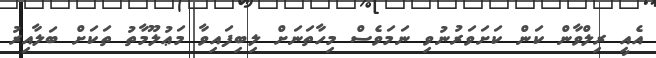
އެއީ ރިލްވާން ކަން ކަށަވަރުނުވި ނަމަވެސް މިހާތަނަށް ލިބިފައިވާ މަޢުލޫމާތު ތަކަށް ބަލާއިރު